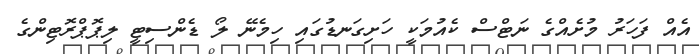
އެއް ފަހަރު މުށެއްގެ ނަޓްސް ކެއުމަކީ ހަށިގަނޑުގައި ހިމެނޭ ލޯ ޑެންސިޓީ ލިޕޮޕްރޮޓިންގެ